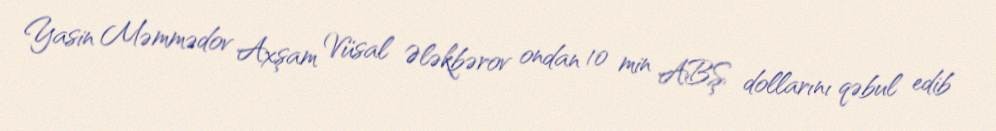
Yasin Məmmədov Axşam Vüsal Ələkbərov ondan 10 min ABŞ dollarını qəbul edib